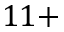
1 1 +